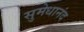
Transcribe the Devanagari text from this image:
सुमेधानंद